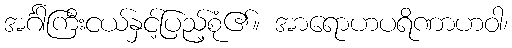
အင်္ဂါကြီးငယ်နှင့်ပြည့်စုံ၏။ အာရောဟပရိဏာဟဝါ၊